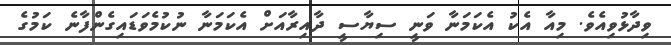
ވިދާޅުވިއެވެ. މިއާ އެކު އެކަމަނާ ވަނީ ސިޔާސީ ދާއިރާއަށް އެކަމަނާ ނުކުމެވަޑައިގެންފާނެ ކަމުގެ